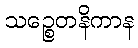
သဉ္စေတနိကာန